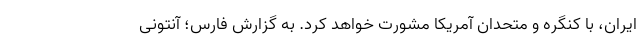
ایران، با کنگره و متحدان آمریکا مشورت خواهد کرد. به گزارش فارس؛ آنتونی